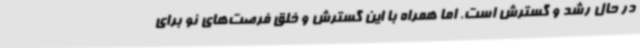
در حال رشد و گسترش است. اما همراه با این گسترش و خلق فرصت‌های نو برای